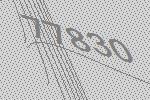
77830